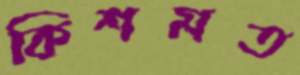
কিশমত